Leaving Certificate Examination (including Day School Certificate (Higher) General paper), 1936
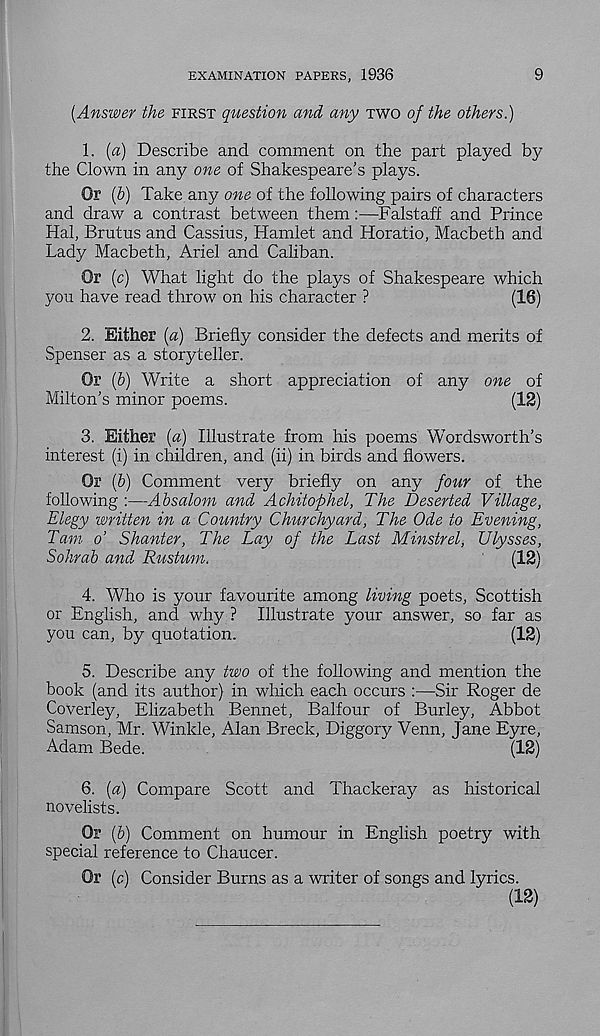
EXAMINATION PAPERS, 1936
9
[Answer the FIRST question and any TWO of the others.)
1. [a) Describe and comment on the part played by
the Clown in any one of Shakespeare’s plays.
Or [b] Take any one of the following pairs of characters
and draw a contrast between them:—Falstaff and Prince
Hal, Brutus and Cassius, Hamlet and Horatio, Macbeth and
Lady Macbeth, Ariel and Caliban.
Or (c) What light do the plays of Shakespeare which
you have read throw on his character ?
(16)
2. Either [a) Briefly consider the defects and merits of
Spenser as a storyteller.
Or (5) Write a short appreciation of any one of
Milton’s minor poems.
(12)
3. Either [a) Illustrate from his poems Wordsworth’s
interest (i) in children, and (ii) in birds and flowers.
Or (b) Comment very briefly on any four of the
following :—Absalom and Achitophel, The Deserted Village,
Elegy written in a Country Churchyard, The Ode to Evening,
Tam o’ Shunter, The Lay of the Last Minstrel, Ulysses,
Sohrab and Rustum.
(12)
4. Who is your favourite among living poets, Scottish
or English, and why ? Illustrate your answer, so far as
you can, by quotation.
(12)
5. Describe any two of the following and mention the
book (and its author) in which each occurs :—Sir Roger de
Coverley, Elizabeth Bennet, Balfour of Burley, Abbot
Samson, Mr. Winkle, Alan Breck, Diggory Venn, Jane Eyre,
Adam Bede.
(12)
6. [a) Compare Scott and Thackeray as historical
novelists.
Or (6) Comment on humour in English poetry with
special reference to Chaucer.
Or (c) Consider Burns as a writer of songs and lyrics.
(12)